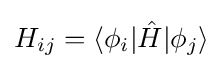
H_{ij}=\langle \phi _{i}|{\hat {H}}|\phi _{j}\rangle